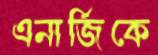
এনার্জিকে